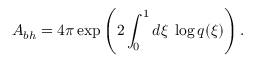
A _ { b h } = 4 \pi \exp \left( 2 \int _ { 0 } ^ { 1 } d \xi \; \log q ( \xi ) \right) .